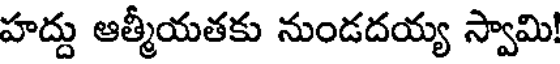
హద్దు ఆత్మీయతకు నుండదయ్య స్వామి!